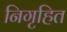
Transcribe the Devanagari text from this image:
निगृहित